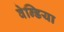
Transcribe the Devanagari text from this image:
वेन्डिया